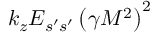
k _ { z } E _ { s ^ { \prime } s ^ { \prime } } \left( \gamma M ^ { 2 } \right) ^ { 2 }